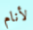
لأنام